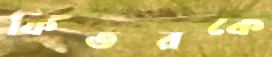
ফিতরকে